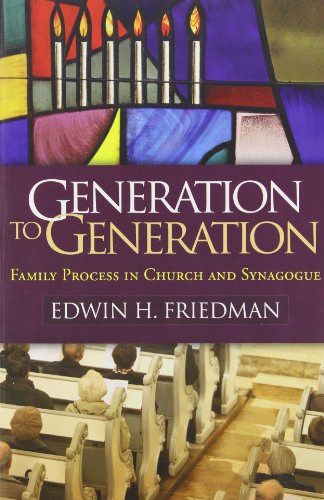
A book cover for Generation to Generation: Family Process in Church and Synagogue (Guilford Family Therapy); Edwin H. Friedman; Medical Books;